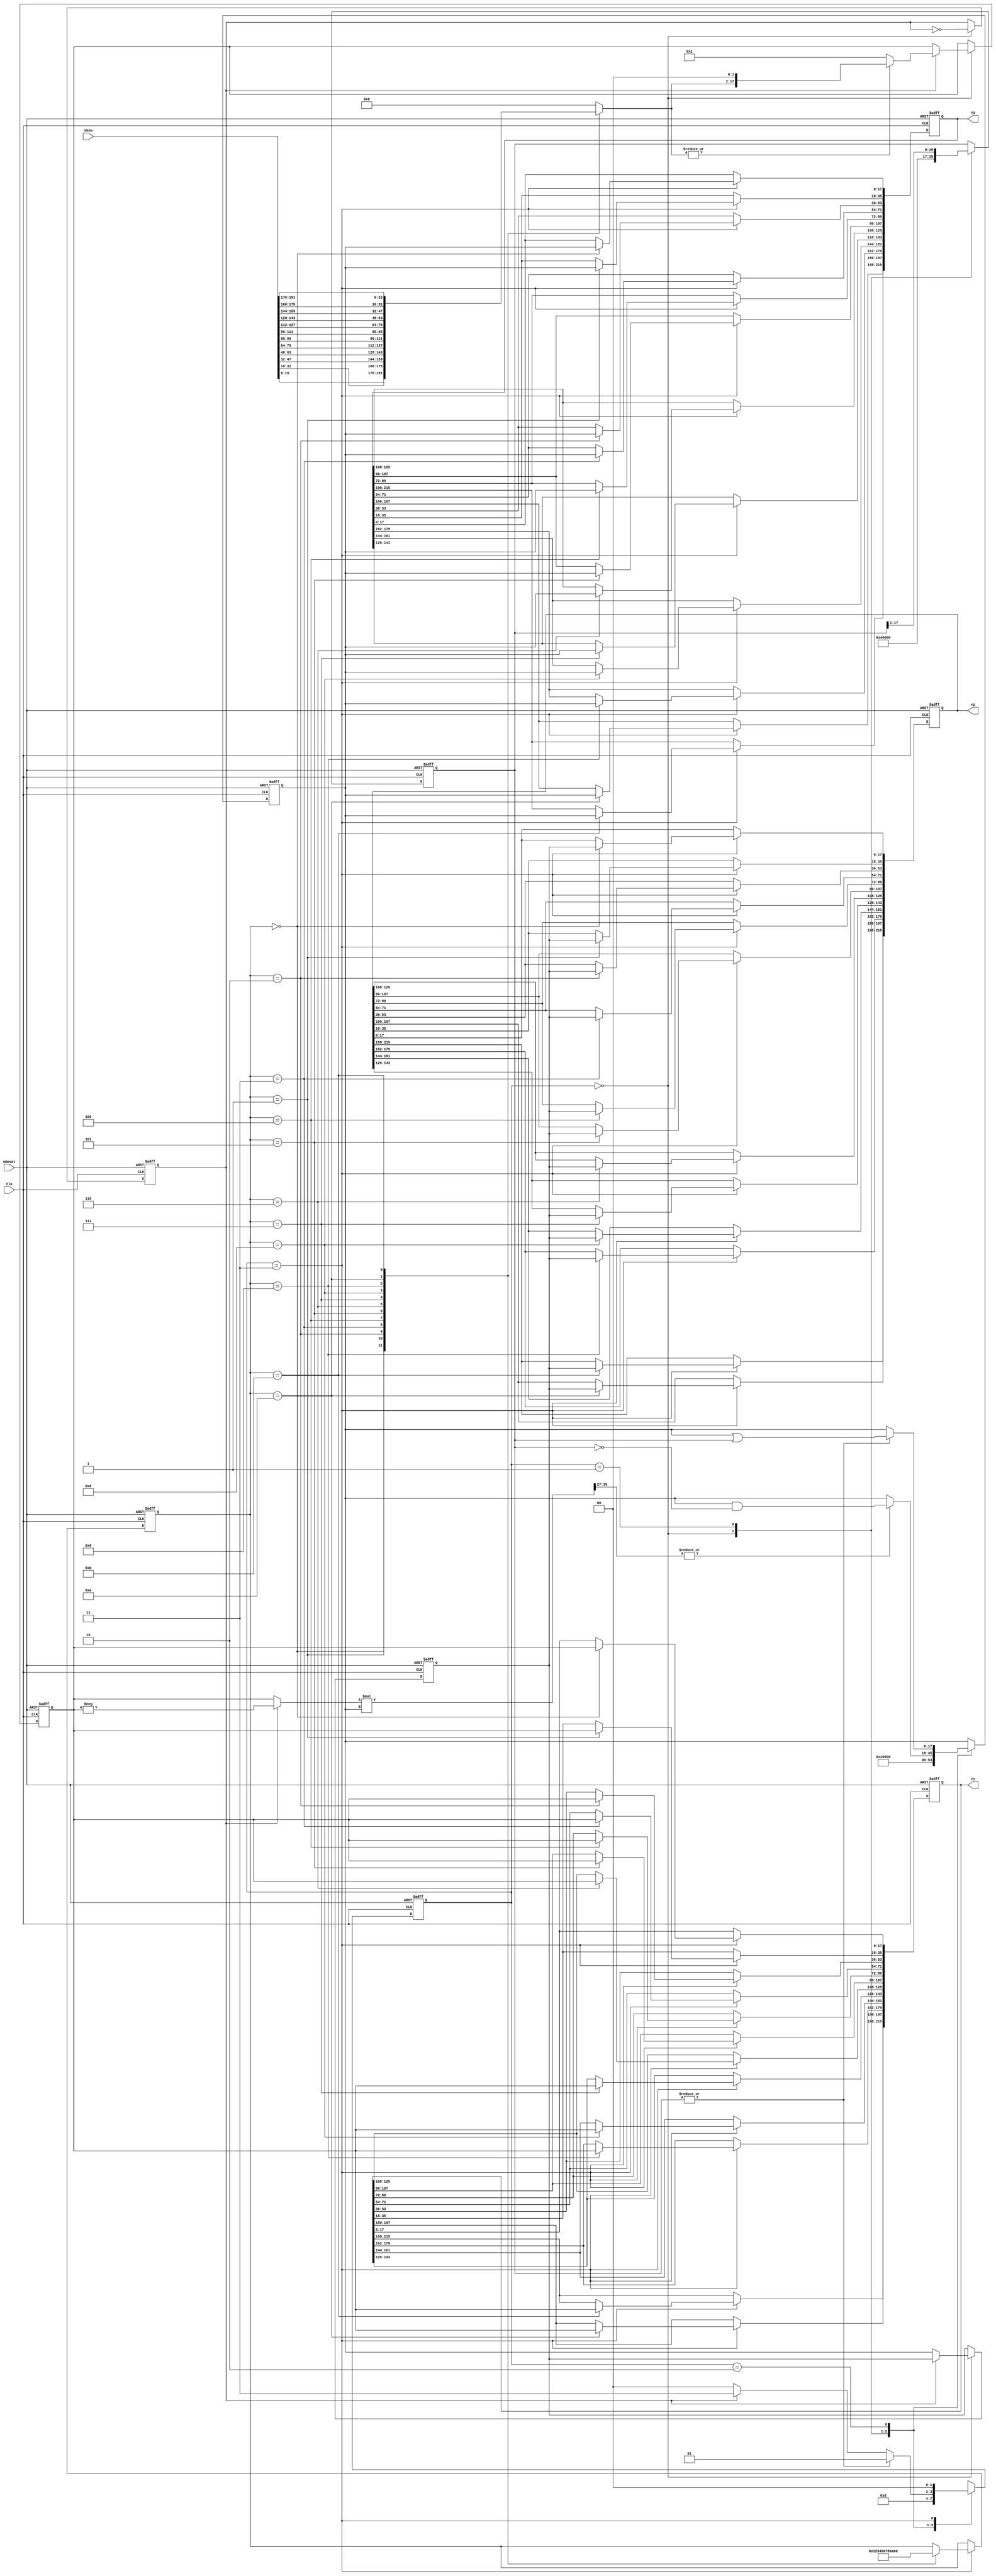
//==============================================================================
// Copyright (C) John-Philip Taylor
// jpt13653903@gmail.com
//
// This file is part of a library
//
// This file is free software: you can redistribute it and/or modify
// it under the terms of the GNU General Public License as published by
// the Free Software Foundation, either version 3 of the License, or
// (at your option) any later version.
// 
// This program is distributed in the hope that it will be useful,
// but WITHOUT ANY WARRANTY; without even the implied warranty of
// MERCHANTABILITY or FITNESS FOR A PARTICULAR PURPOSE.  See the
// GNU General Public License for more details.
// 
// You should have received a copy of the GNU General Public License
// along with this program.  If not, see <http://www.gnu.org/licenses/>
//==============================================================================

module DDS_Const #(
  parameter n = 12)(
 
  input nReset,
  input Clk,
 
  input      [16*n-1:0]Skew,
  output reg [18*n-1:0]Y1,  // Skew
  output reg [18*n-1:0]Y2,  // 1/Skew
  output reg [18*n-1:0]Y3); // 1/(2^18 - Skew)
//------------------------------------------------------------------------------

  reg  [ 3:0]channel;
  reg  [15:0]tSkew;
 
  reg  [ 1:0]state;
  reg        part;

  reg  [17:0]temp;
  reg  [17:0]temp2;

  wire [17:0]den;
  reg  [17:0]q;
  wire [35:0]num;

  reg  [17:0]mask;
//------------------------------------------------------------------------------

  always @* begin
    case(channel)
      4'b0000: tSkew <= Skew[ 15:  0];
      4'b0001: tSkew <= Skew[ 31: 16];
      4'b0010: tSkew <= Skew[ 47: 32];
      4'b0011: tSkew <= Skew[ 63: 48];
      4'b0100: tSkew <= Skew[ 79: 64];
      4'b0101: tSkew <= Skew[ 95: 80];
      4'b0110: tSkew <= Skew[111: 96];
      4'b0111: tSkew <= Skew[127:112];
      4'b1000: tSkew <= Skew[143:128];
      4'b1001: tSkew <= Skew[159:144];
      4'b1010: tSkew <= Skew[175:160];
      4'b1011: tSkew <= Skew[191:176];
      default: tSkew <= 0;
    endcase
  end
//------------------------------------------------------------------------------
 
  assign den = part ? -temp : temp;
  assign num = den * q;
//------------------------------------------------------------------------------

  always @(negedge nReset, posedge Clk) begin
    if(!nReset) begin
      channel <= 0;
   
      state <= 0;
      part  <= 1'b1;

      temp  <= 0;
      temp2 <= 0;

      Y1 <= 0;
      Y2 <= 0;
      Y3 <= 0;

      q    <= 0;
      mask <= 18'h2_0000;
//------------------------------------------------------------------------------
   
    end else begin
      case(state)
        2'b00: begin
          if(part) begin
            if(~|tSkew) begin
              temp <= 18'h0_0001;
            end else begin
              temp <= {tSkew, 2'b00};
            end
          end else begin
            temp2 <= q;
          end
          part  <= ~part;
          q     <= 18'h2_0000;
          mask  <= 18'h2_0000;
          state <= 2'b01;
        end
//------------------------------------------------------------------------------
     
        2'b01: begin
          if(|num[35:27]) begin
            q <= q & (~mask);
          end
          mask  <= {1'b0, mask[17:1]};
          state <= 2'b10;
        end
//------------------------------------------------------------------------------
     
        2'b10:begin
          if(~|mask) begin
            if(!part) begin
              state <= 2'b00;
            end else begin
              state <= 2'b11;
            end
          end else begin
            q     <= q | mask;
            state <= 2'b01;
          end
        end
//------------------------------------------------------------------------------
     
        2'b11: begin
          case(channel)
            4'b0000: begin
              Y1[17:0] <= temp;
              Y2[17:0] <= temp2;
              Y3[17:0] <= q;
              channel  <= 4'b0001;
            end
            4'b0001: begin
              Y1[35:18] <= temp;
              Y2[35:18] <= temp2;
              Y3[35:18] <= q;
              channel   <= 4'b0010;
            end
            4'b0010: begin
              Y1[53:36] <= temp;
              Y2[53:36] <= temp2;
              Y3[53:36] <= q;
              channel   <= 4'b0011;
            end
            4'b0011: begin
              Y1[71:54] <= temp;
              Y2[71:54] <= temp2;
              Y3[71:54] <= q;
              channel   <= 4'b0100;
            end
            4'b0100: begin
              Y1[89:72] <= temp;
              Y2[89:72] <= temp2;
              Y3[89:72] <= q;
              channel   <= 4'b0101;
            end
            4'b0101: begin
              Y1[107:90] <= temp;
              Y2[107:90] <= temp2;
              Y3[107:90] <= q;
              channel    <= 5'b0110;
            end
            4'b0110: begin
              Y1[125:108] <= temp;
              Y2[125:108] <= temp2;
              Y3[125:108] <= q;
              channel     <= 4'b0111;
            end
            4'b0111: begin
              Y1[143:126] <= temp;
              Y2[143:126] <= temp2;
              Y3[143:126] <= q;
              channel     <= 4'b1000;
            end
            4'b1000: begin
              Y1[161:144] <= temp;
              Y2[161:144] <= temp2;
              Y3[161:144] <= q;
              channel     <= 4'b1001;
            end
            4'b1001: begin
              Y1[179:162] <= temp;
              Y2[179:162] <= temp2;
              Y3[179:162] <= q;
              channel     <= 4'b1010;
            end
            4'b1010: begin
              Y1[197:180] <= temp;
              Y2[197:180] <= temp2;
              Y3[197:180] <= q;
              channel     <= 4'b1011;
            end
            4'b1011: begin
              Y1[215:198] <= temp;
              Y2[215:198] <= temp2;
              Y3[215:198] <= q;
              channel     <= 4'b0000;
            end
            default:;
          endcase
          state <= 2'b00;
        end
//------------------------------------------------------------------------------
    
        default:;
      endcase
    end
  end
endmodule
//------------------------------------------------------------------------------